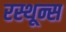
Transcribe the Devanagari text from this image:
रस्थून्स